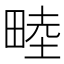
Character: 𪽘